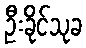
ဦးခိုင်သုခ